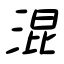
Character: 混